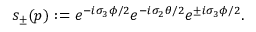
s _ { \pm } ( p ) : = e ^ { - i \sigma _ { 3 } \phi / 2 } e ^ { - i \sigma _ { 2 } \theta / 2 } e ^ { \pm i \sigma _ { 3 } \phi / 2 } .